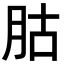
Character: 𦙶